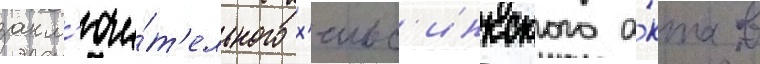
закл'ючи́т'ельного х'ельс'инкского а́кта в